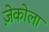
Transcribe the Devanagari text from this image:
ज़ेकोला